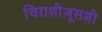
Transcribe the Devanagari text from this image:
चिराशीज़ूसशी